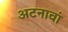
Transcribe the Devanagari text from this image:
अटनावां